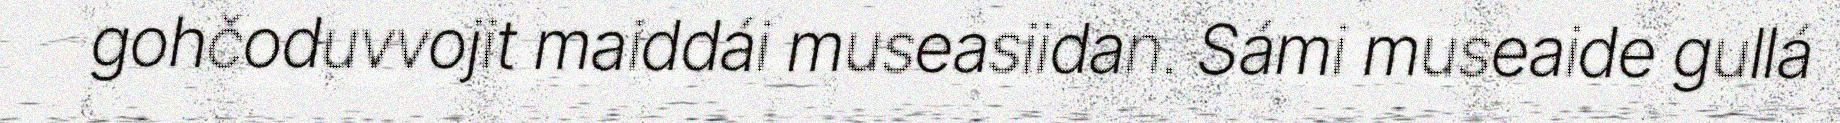
gohčoduvvojit maiddái museasiidan. Sámi museaide gullá